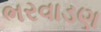
ભરવાડણ